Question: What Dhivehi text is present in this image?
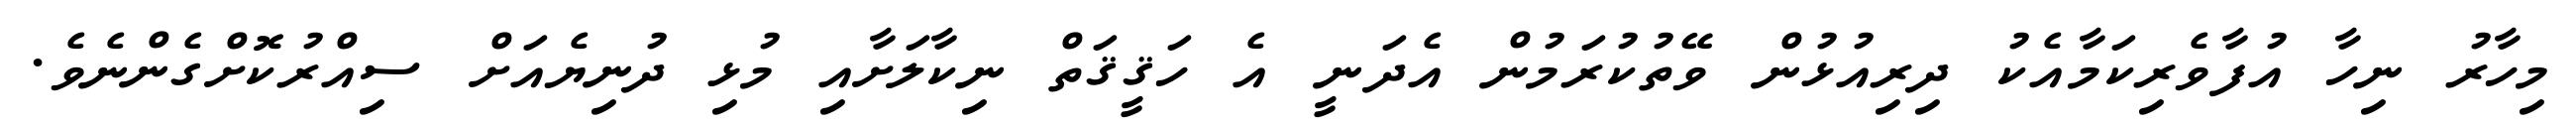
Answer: މިހާރު ނިހާ އުފާވެރިކަމާއެކު ދިރިއުޅުން ވޭތުކުރަމުން އެދަނީ އެ ހަޤީޤަތް ނިކާލަށާއި މުޅި ދުނިޔެއަށް ސިއްރުކޮށްގެންނެވެ.